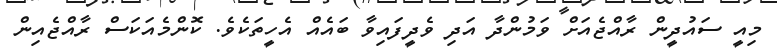
މިއީ ސައުދީން ރާއްޖެއަށް ވަމުންދާ އަދި ވެދީފައިވާ ބައެއް އެހީތަކެވެ. ކޮންމެއަކަސް ރާއްޖެއިން